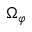
\Omega _ { \varphi }